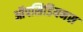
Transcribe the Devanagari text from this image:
ऑपसिडियनस